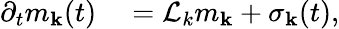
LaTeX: \begin{array}{rl}{\partial_{t}m_{\mathbf k}(t)}&{{}=\mathcal{L}_{k}m_{\mathbf k}+\sigma_{\mathbf k}(t),}\end{array}